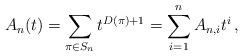
LaTeX: \begin{align*}A_n(t) = \sum_{\pi\in S_n} t^{D(\pi)+1} = \sum_{i=1}^n A_{n,i} t^i\,,\end{align*}